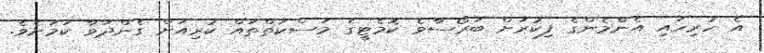
އެ ހުރިހައި އެންމެންގެ ފިކުރަށް ބަރޯސާވެ ކޮމެޓީގެ މަސްކަތްތައް ކުރިއަށް ގެންދަވާ ކަމަށެވެ.